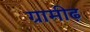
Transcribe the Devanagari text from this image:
ग्रामीढ़